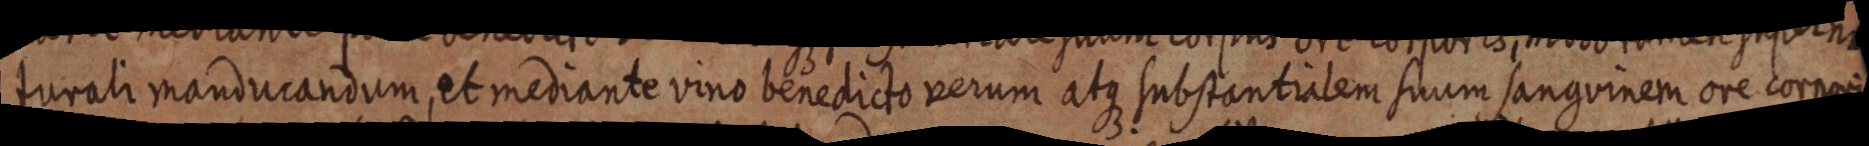
turali manducandum, et mediante vino benedicto verum atue substantratem suum sanquinem orc